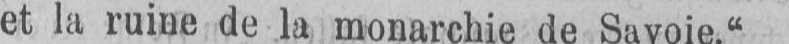
et la ruine de la monarchie de Savoie.“